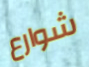
شوارع